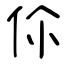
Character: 伱